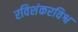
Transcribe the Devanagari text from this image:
रविशंकरविश्व